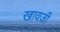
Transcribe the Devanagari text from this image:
खावजी